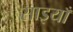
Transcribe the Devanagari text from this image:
साइयाँ